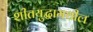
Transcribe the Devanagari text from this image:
शीतयुद्धामधील